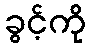
ခွင့်ကို